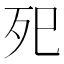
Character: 𭮁